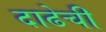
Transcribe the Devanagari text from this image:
दाढेची